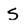
Character: S